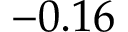
- 0 . 1 6